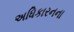
અધિકારનના